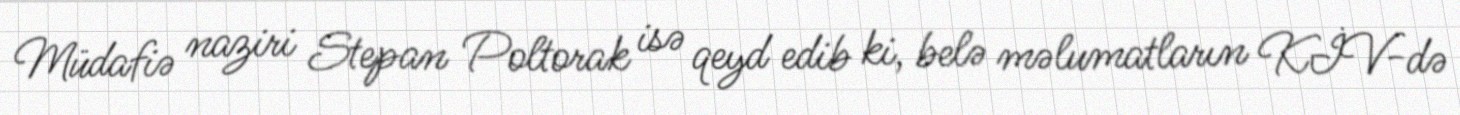
Müdafiə naziri Stepan Poltorak isə qeyd edib ki, belə məlumatların KİV-də